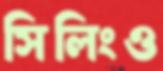
সিলিংও